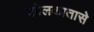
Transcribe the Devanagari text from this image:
कोलकातासे